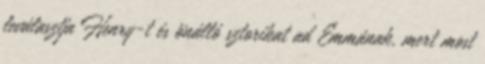
leválasztja Henry-t és önálló sztorikat ad Emmának, mert most